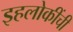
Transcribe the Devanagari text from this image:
इहलोकींची